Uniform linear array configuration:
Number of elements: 64
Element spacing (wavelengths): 1
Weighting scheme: blackman
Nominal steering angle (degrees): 15
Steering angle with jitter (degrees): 16.597
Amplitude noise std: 0.05
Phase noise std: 0.05

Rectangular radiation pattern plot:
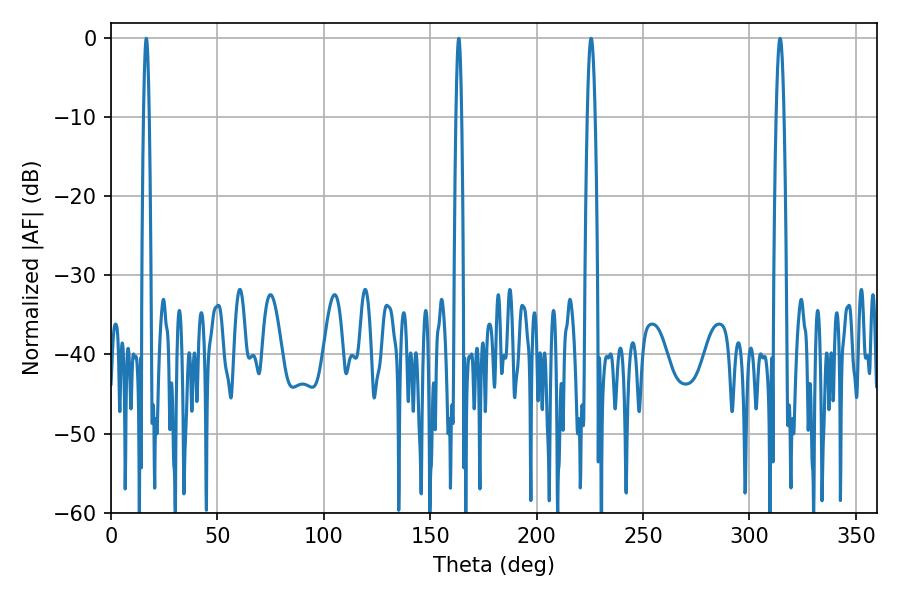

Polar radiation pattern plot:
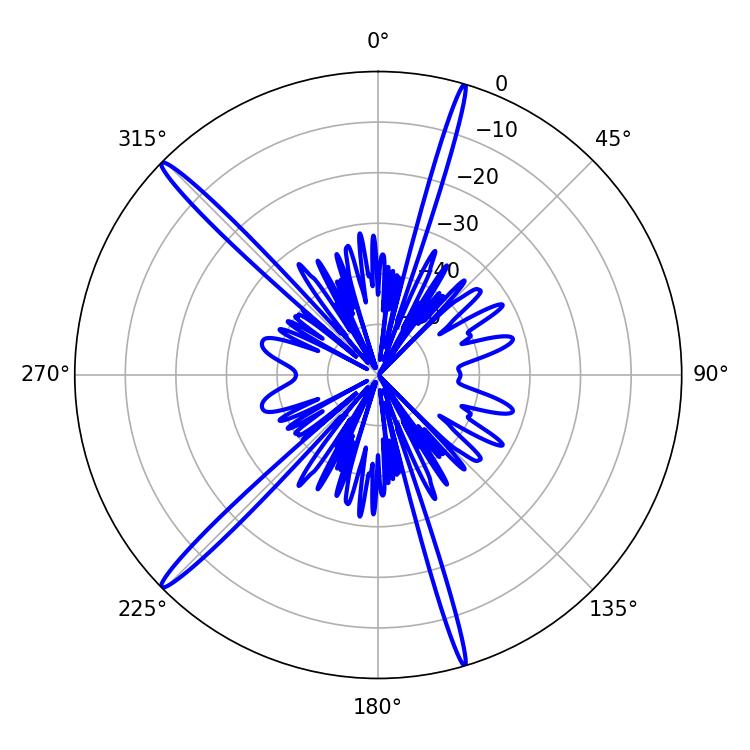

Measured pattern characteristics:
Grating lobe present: TRUE
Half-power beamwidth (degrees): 1.44
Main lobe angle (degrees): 16.56